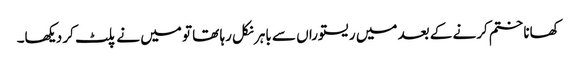
کھانا ختم کرنے کے بعد میں ریستوراں سے باہر نکل رہا تھا تو میں نے پلٹ کر دیکھا۔